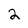
Character: 2